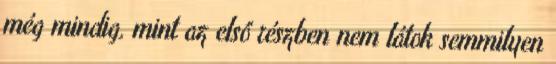
még mindig, mint az első részben nem látok semmilyen